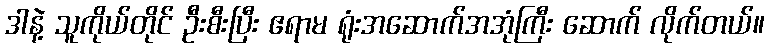
ဒါနဲ့ သူကိုယ်တိုင် ဦးစီးပြီး ဧရာမ ရုံးအဆောက်အအုံကြီး ဆောက် လိုက်တယ်။